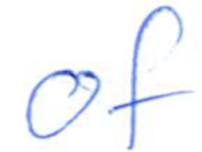
Text: of
Cross-out: clean
Writing tool: ballpoint